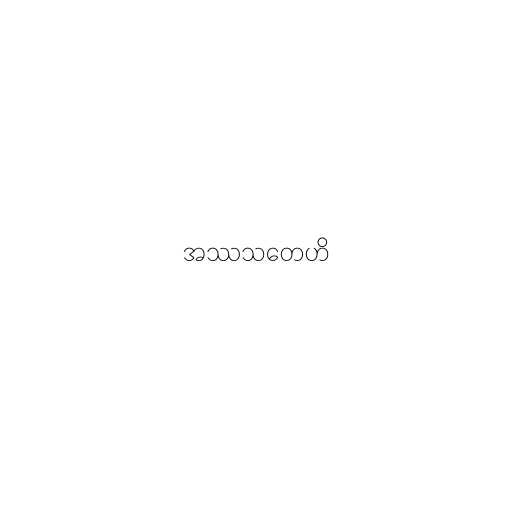
အဿသတေဟိ